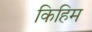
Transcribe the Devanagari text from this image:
किहिम